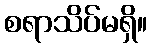
စရာသိပ်မရှိ။